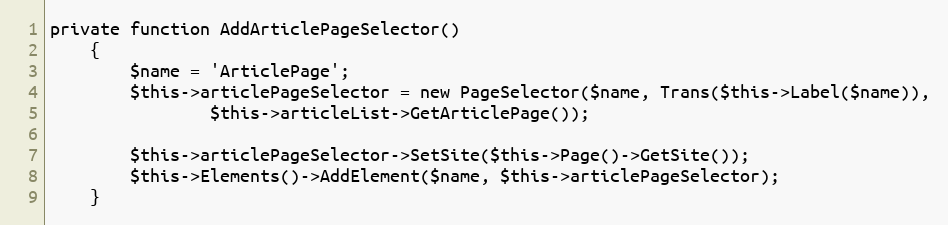
Language: PHP
private function AddArticlePageSelector()
    {
        $name = 'ArticlePage';
        $this->articlePageSelector = new PageSelector($name, Trans($this->Label($name)),
                $this->articleList->GetArticlePage());

        $this->articlePageSelector->SetSite($this->Page()->GetSite());
        $this->Elements()->AddElement($name, $this->articlePageSelector);
    }